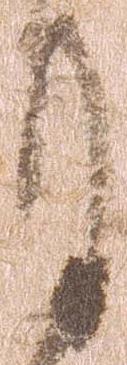
月